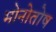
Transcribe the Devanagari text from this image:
मोनोतोष